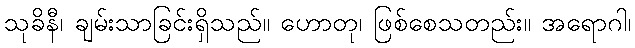
သုခိနီ၊ ချမ်းသာခြင်းရှိသည်။ ဟောတု၊ ဖြစ်စေသတည်း။ အရောဂါ၊